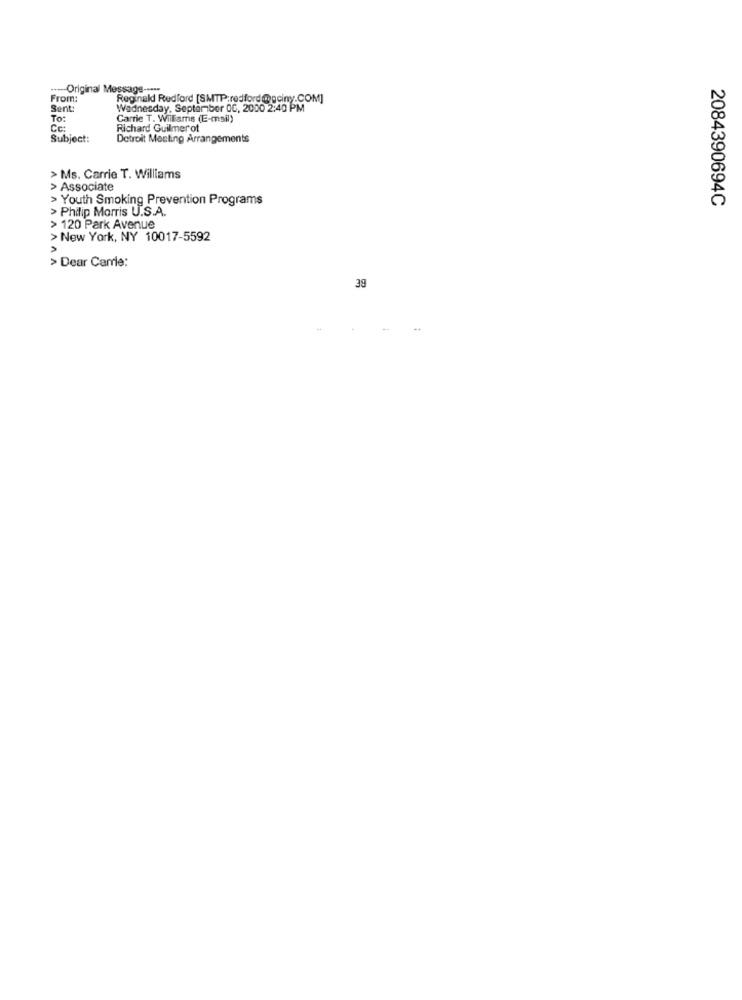
----- Original Message -----
From:
Reginald Redford [SMTP;redford@geiny.COM]
Sent
Wednesday, September 0G, 2000 2:40 PM
To:
Carrie T. Williams (E-mail)
Cc:
Richard Guilmerot
Subject:
Detroit Meeting Arrangements
> Ms. Carrie T. Williams
> Associate
> Youth Smoking Prevention Programs
2084390694C
> Philip Morris U.S.A.
> 120 Park Avenue
> New York, NY 10017-5592
> Dear Carrie:
39